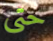
حتى